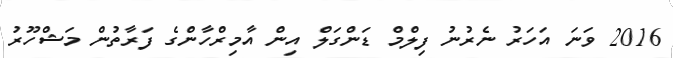
2016 ވަނަ އަހަރު ނެރުނު ފިލްމް ޑަންގަލް އިން އާމިރްހާންގެ ފަރާތުން މަޝްހޫރު